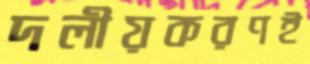
দলীয়করণই